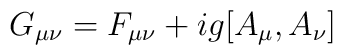
G_{\mu \nu}=F_{\mu \nu} + i g [A_{\mu}, A_{\nu}]